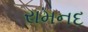
રામનદ